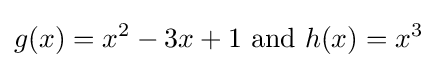
g(x)=x^{2}-3x+1{\text{ and }}h(x)=x^{3}